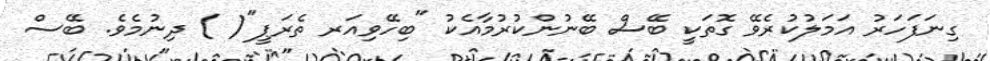
ގިނަފަހަރު އަމަލުކުރެވޭ ގޮތަކީ ބޭސް ބޭނުންކުރުމާއެކު "ބިހޭވިއަރ ތެރަޕީ"( ) ދިނުމެވެ. ބޭސް